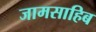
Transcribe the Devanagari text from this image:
जामसाहिब